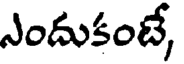
ఎందుకంటే,